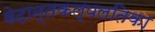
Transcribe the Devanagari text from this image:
वेदान्तकल्पलतिका